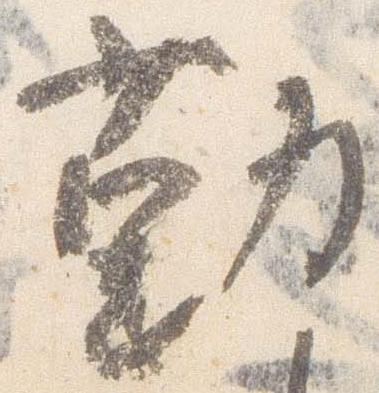
勤